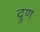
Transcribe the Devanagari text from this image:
द्रुण